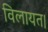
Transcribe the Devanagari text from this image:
विलायत।